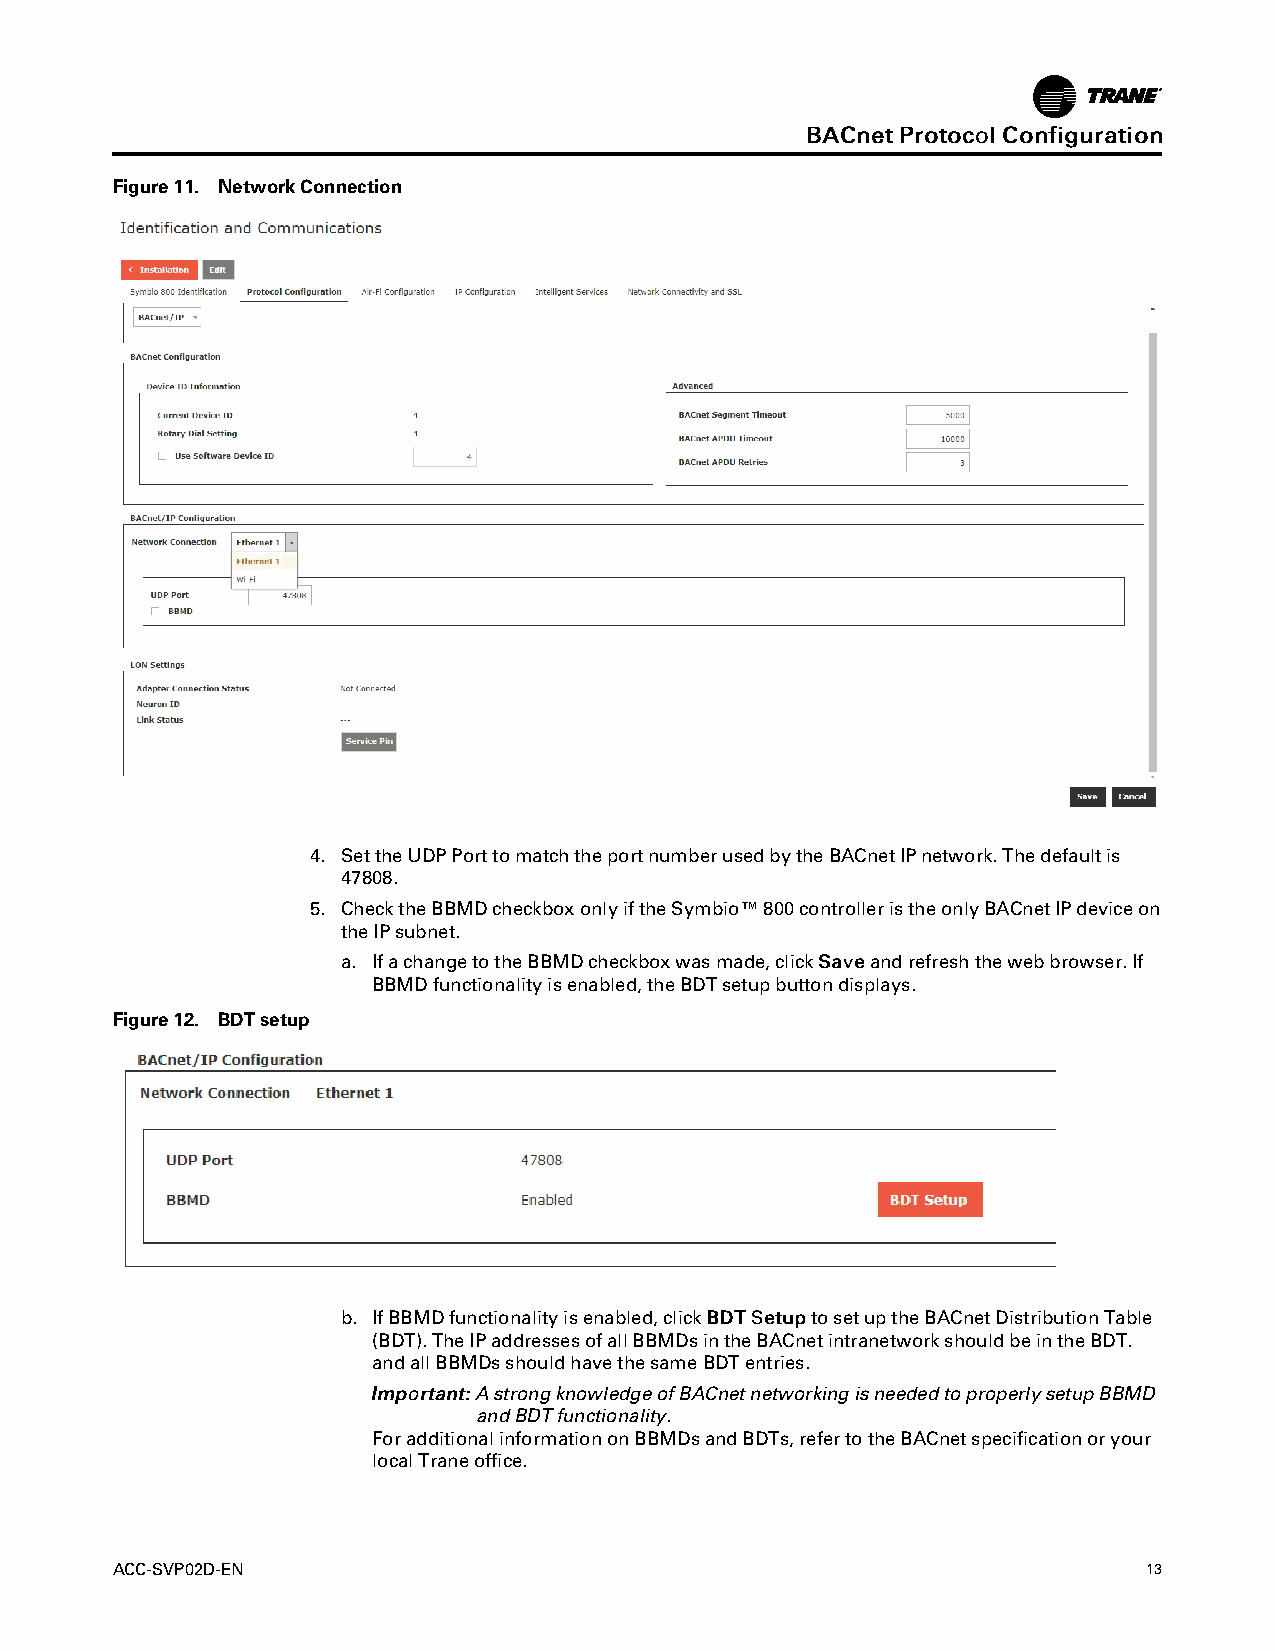
BBAACCnneettPPrroottooccoollCCoonnffiigguurraattiioonn
 Figure11. NetworkConnection
 4. SettheUDPPorttomatchtheportnumberusedbytheBACnetIPnetwork.Thedefaultis
 47808.
 5. ChecktheBBMDcheckboxonlyiftheSymbio™800controlleristheonlyBACnetIPdeviceon
 theIPsubnet.
 a. IfachangetotheBBMDcheckboxwasmade,clickSSaavveeandrefreshthewebbrowser.If
 BBMDfunctionalityisenabled,theBDTsetupbuttondisplays.
 Figure12. BDTsetup
 b. IfBBMDfunctionalityisenabled,clickBBDDTTSSeettuupptosetuptheBACnetDistributionTable
 (BDT).TheIPaddressesofallBBMDsintheBACnetintranetworkshouldbeintheBDT.
 andallBBMDsshouldhavethesameBDTentries.
 IImmppoorrttaanntt::AstrongknowledgeofBACnetnetworkingisneededtoproperlysetupBBMD
 andBDTfunctionality.
 ForadditionalinformationonBBMDsandBDTs,refertotheBACnetspecificationoryour
 localTraneoffice.
 ACC-SVP02D-EN                                                        13